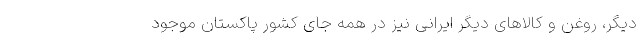
دیگر، روغن و کالاهای دیگر ایرانی نیز در همه جای کشور پاکستان موجود